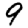
Digit: 9